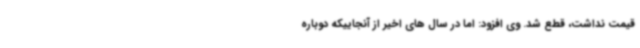
قیمت نداشت، قطع شد. وی افزود: اما در سال های اخیر از آنجاییکه دوباره